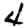
Digit: 4